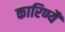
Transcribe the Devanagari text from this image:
कारिण्यै